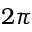
2 \pi